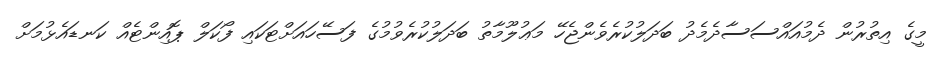
މީގެ އިތުރުން ދެމުއައްސަސާދެމެދު ބަދަލުކުރެވެންޖެހޭ މަޢުލޫމާތު ބަދަލުކުރެވުމުގެ ފަސޭހައަށްޓަކައި ފޯކަލް ޕޮއިންޓެއް ކަނޑައެޅުމަށް